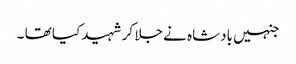
جنہیں بادشاہ نے جلا کر شہید کیا تھا ۔